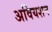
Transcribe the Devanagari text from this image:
अवियशन